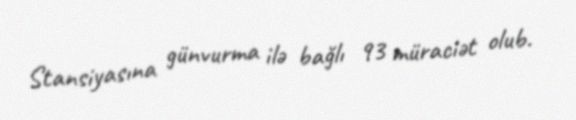
Stansiyasına günvurma ilə bağlı 93 müraciət olub.